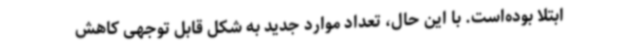
ابتلا بوده‌است. با این حال، تعداد موارد جدید به شکل قابل توجهی کاهش